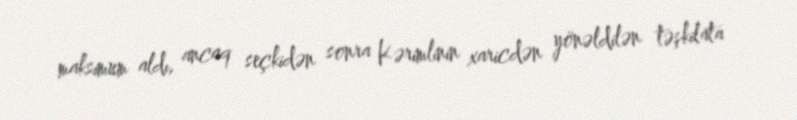
maksimum aldı, ancaq seçkidən sonra Kərimlinin xaricdən yönəldilən təşkilata